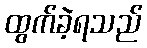
ထွက်ခဲ့ရသည်